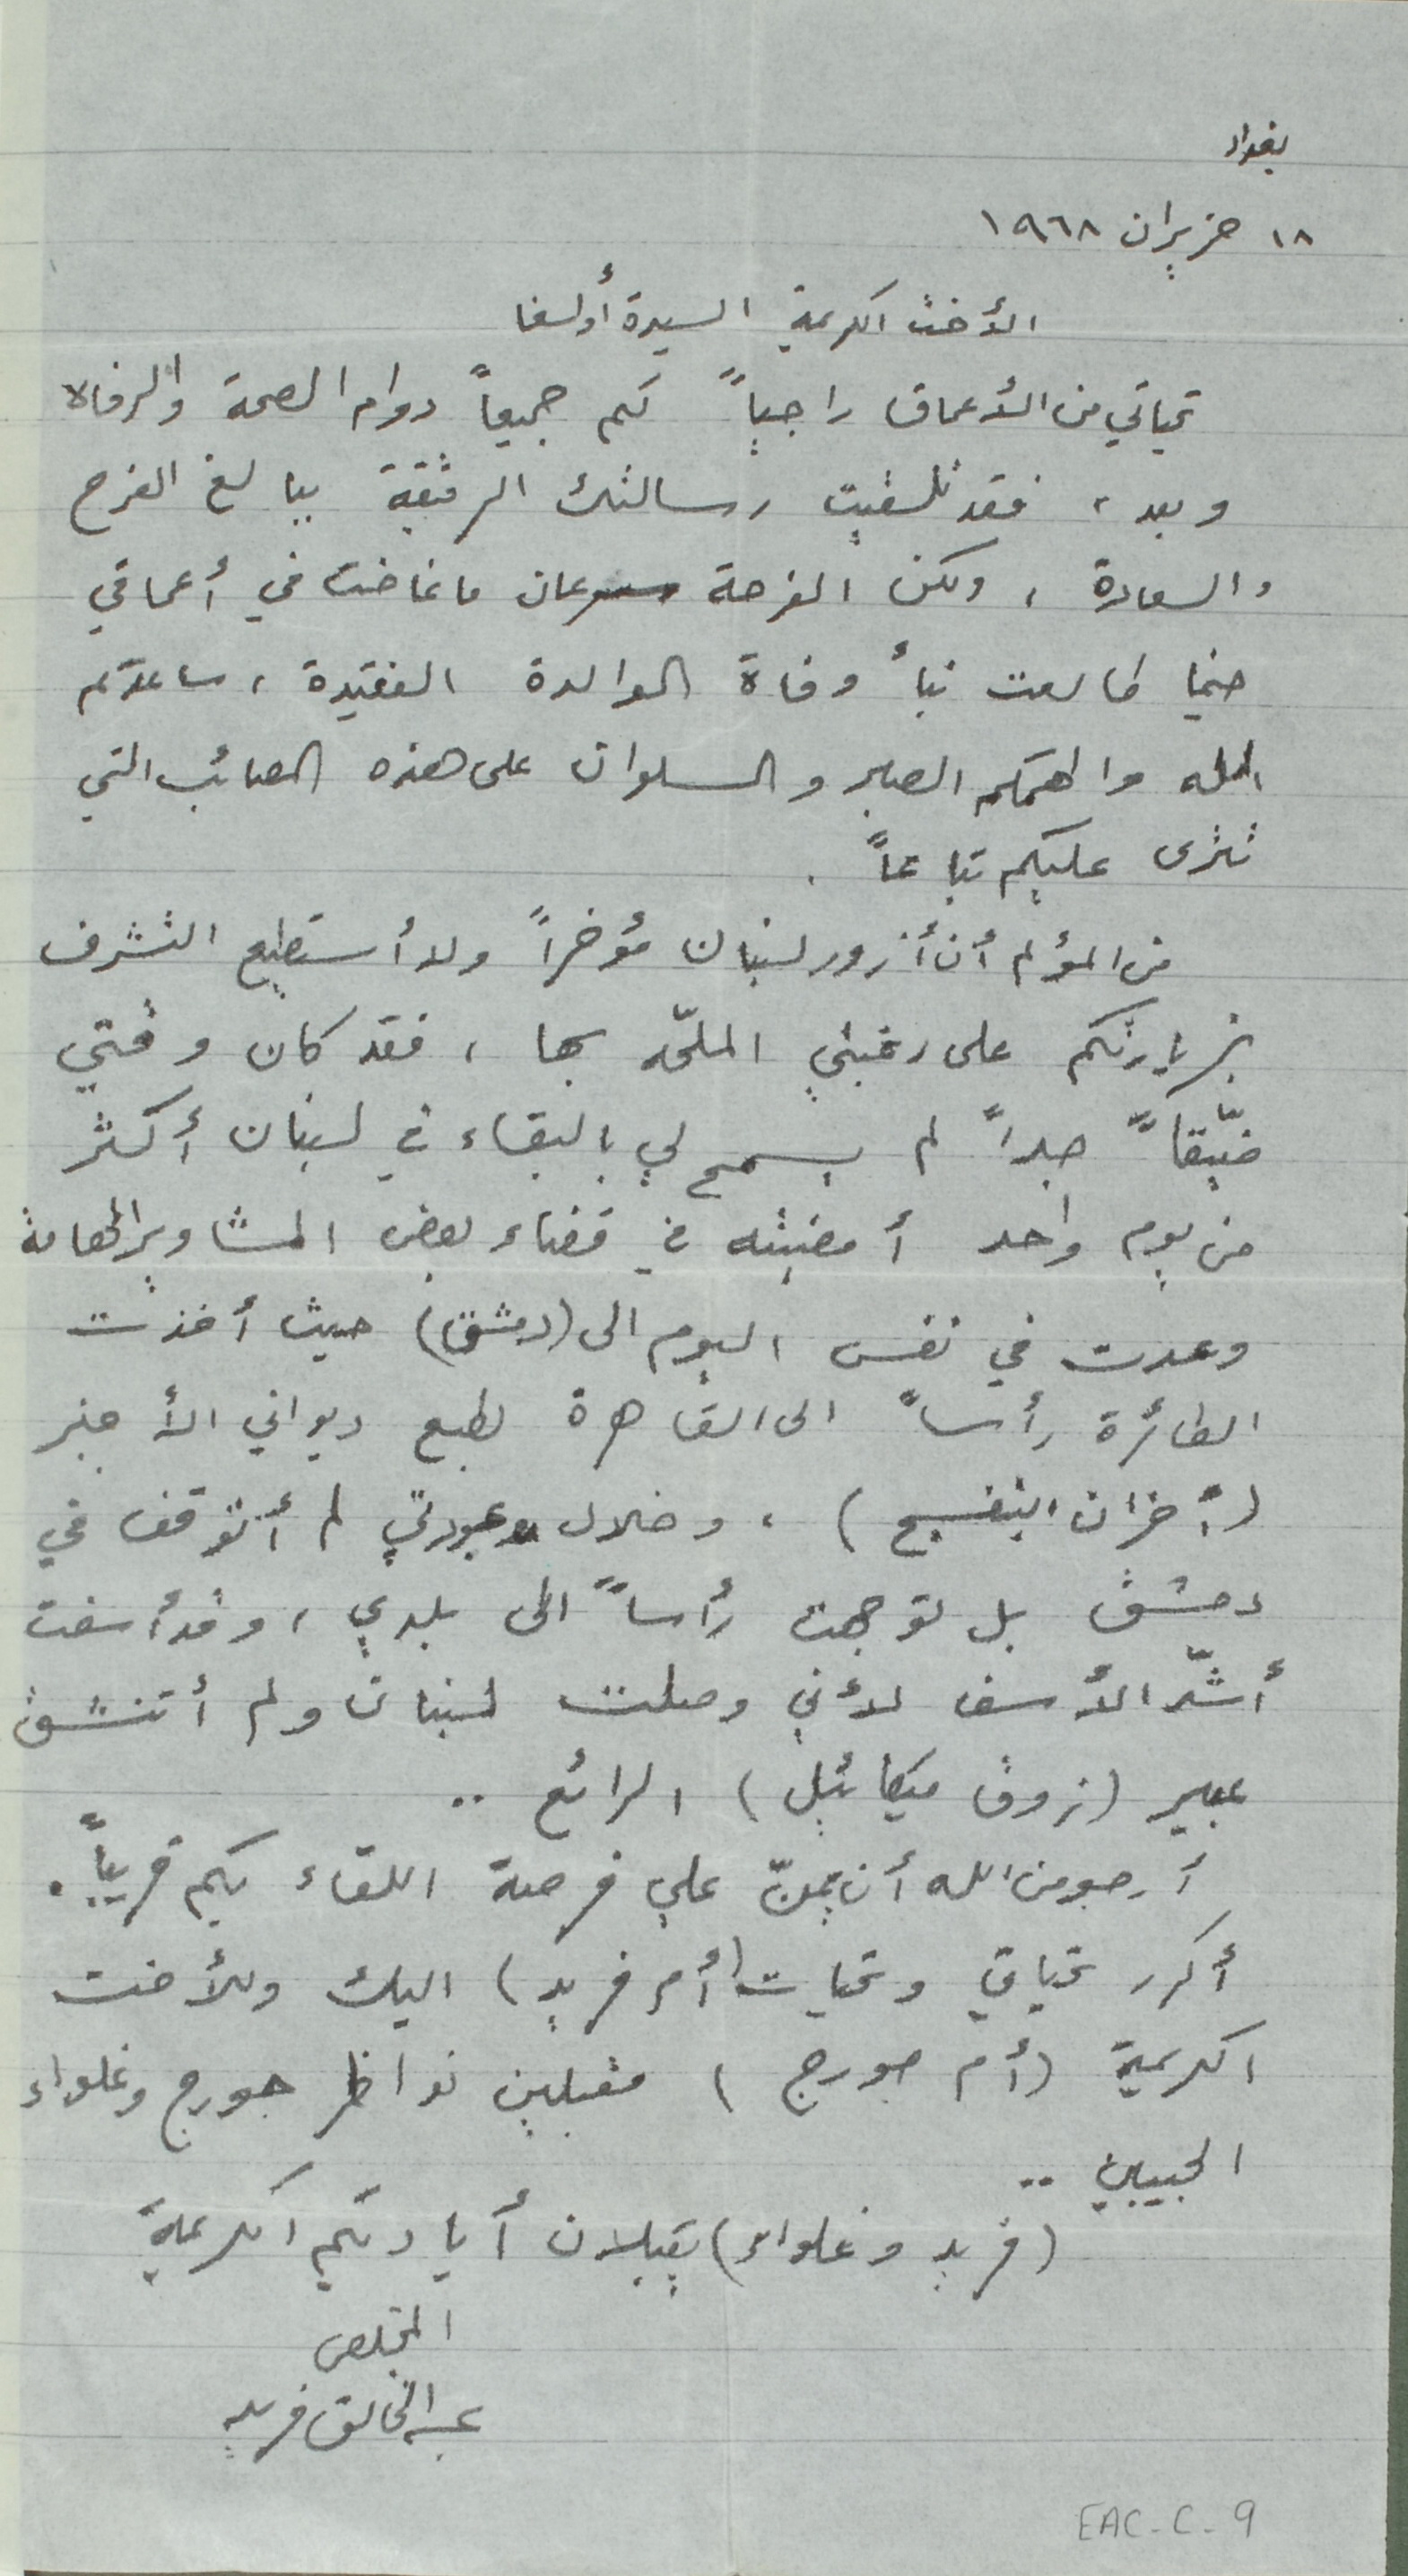
بغداد
١٨ حزيران ١٩٦٨
الأخت الكريمة السيدة أولغا
تحياتي من الأعماق راجياً لكم جميعاً دوام الصحة والرفاه
وبعد، فقد تلقيت رسالتك الرقيقة ببالغ الفرح
والسعادة، ولكن الفرحة سرعان ما غاضت في أعماقي
حينما طالعت نبأ وفاة الوالدة الفيقدة، ساعدكم
الله والهمكم الصبر والسلوان على هذه المصائب التي
تنزل عليكم تباعاً .
من المؤلم أن أزور لبنان مؤخراً ولا أستطيع التشرف
بزيارتكم على رغبتي الملحّه بها ، فقد كان وقتي
ضيّقاً جداً لم يسمح لي البقاء في لبنان أكثر
من يوم واحد أمضيته في قضاء بعض المشاوير الهامة
وعدت في نفس اليوم الى (دمشق) حيث أخذت
الطائرة رأساً الى القاهرة لطبع ديواني الأخير
(أحزان البنفسج) ، وخلال عبودتي لم أتوقف في
دمشق بل توجهت رأساً الى بلدي ، وقد أسفت
أشدّ الأسف لأني وصلت لبنان ولم أتنشق
عبير (ذوق ميكائيل) الرائع . .
أرجو من الله أن يمنّ علي فرصة اللقاء بكم قريباً.
أكرر تحياتي وتحيات (أم فريد) اليك وللأخت
الكريمة (أم جورج) مقبلين نواظر جورج وغلواء
الحبيبين . .
(فريد وغلواء) يقبلان أياديكم الكريمة
المخلص عبد الخالق فريد
EAC-C-9